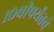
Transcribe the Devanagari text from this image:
१०वीपर्यंतचे